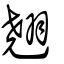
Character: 翹